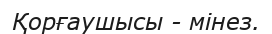
Қорғаушысы - мінез.